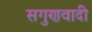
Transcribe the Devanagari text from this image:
सगुणवादी